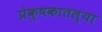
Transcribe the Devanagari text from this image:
प्रेक्षकातल्या